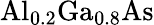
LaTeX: \mathrm{{Al}_{0.2}\mathrm{{Ga}_{0.8}As}}